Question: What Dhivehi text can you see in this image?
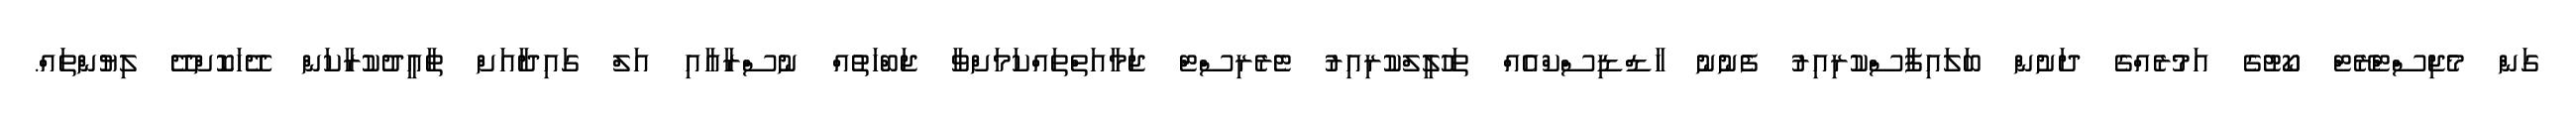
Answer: ގަން މެޖިސްޓްރޭޓް ކޯޓުގެ އަމުރެއްގެ ދަށުން ބަލައިފާސްކުރިއިރު ފެނުނު ހާޑްޑިސްކްއެއް ތަހުލީލްކުރިއިރު ޓެރެރިސްޓް ޖަމާއަތްތައްކަމަށްވާ ޖަބްހަތުއް ނުސްރާއާއި އަލް ގައިދާއަށް ތާއީދުކުރާކަން ދޭހަކޮށްދޭ ލިޔުންތައް.